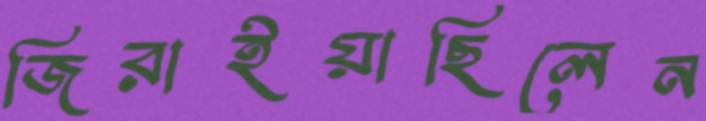
জিরাইয়াছিলেন